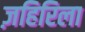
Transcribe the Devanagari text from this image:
ज़हिरिला